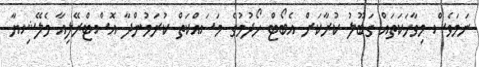
ނަމަވެސް މިވާހަކަތައް ގަބޫލު ކުރާކަށް އެބޯޓް ހޯދުމުގެ މަސައްކަތް ކުރަމުންދާ އޮސްޓްރޭލިއާ މެލޭޝިޔާ